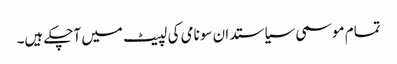
تمام موسمی سیاستدان سونامی کی لپیٹ میں آچکے ہیں۔